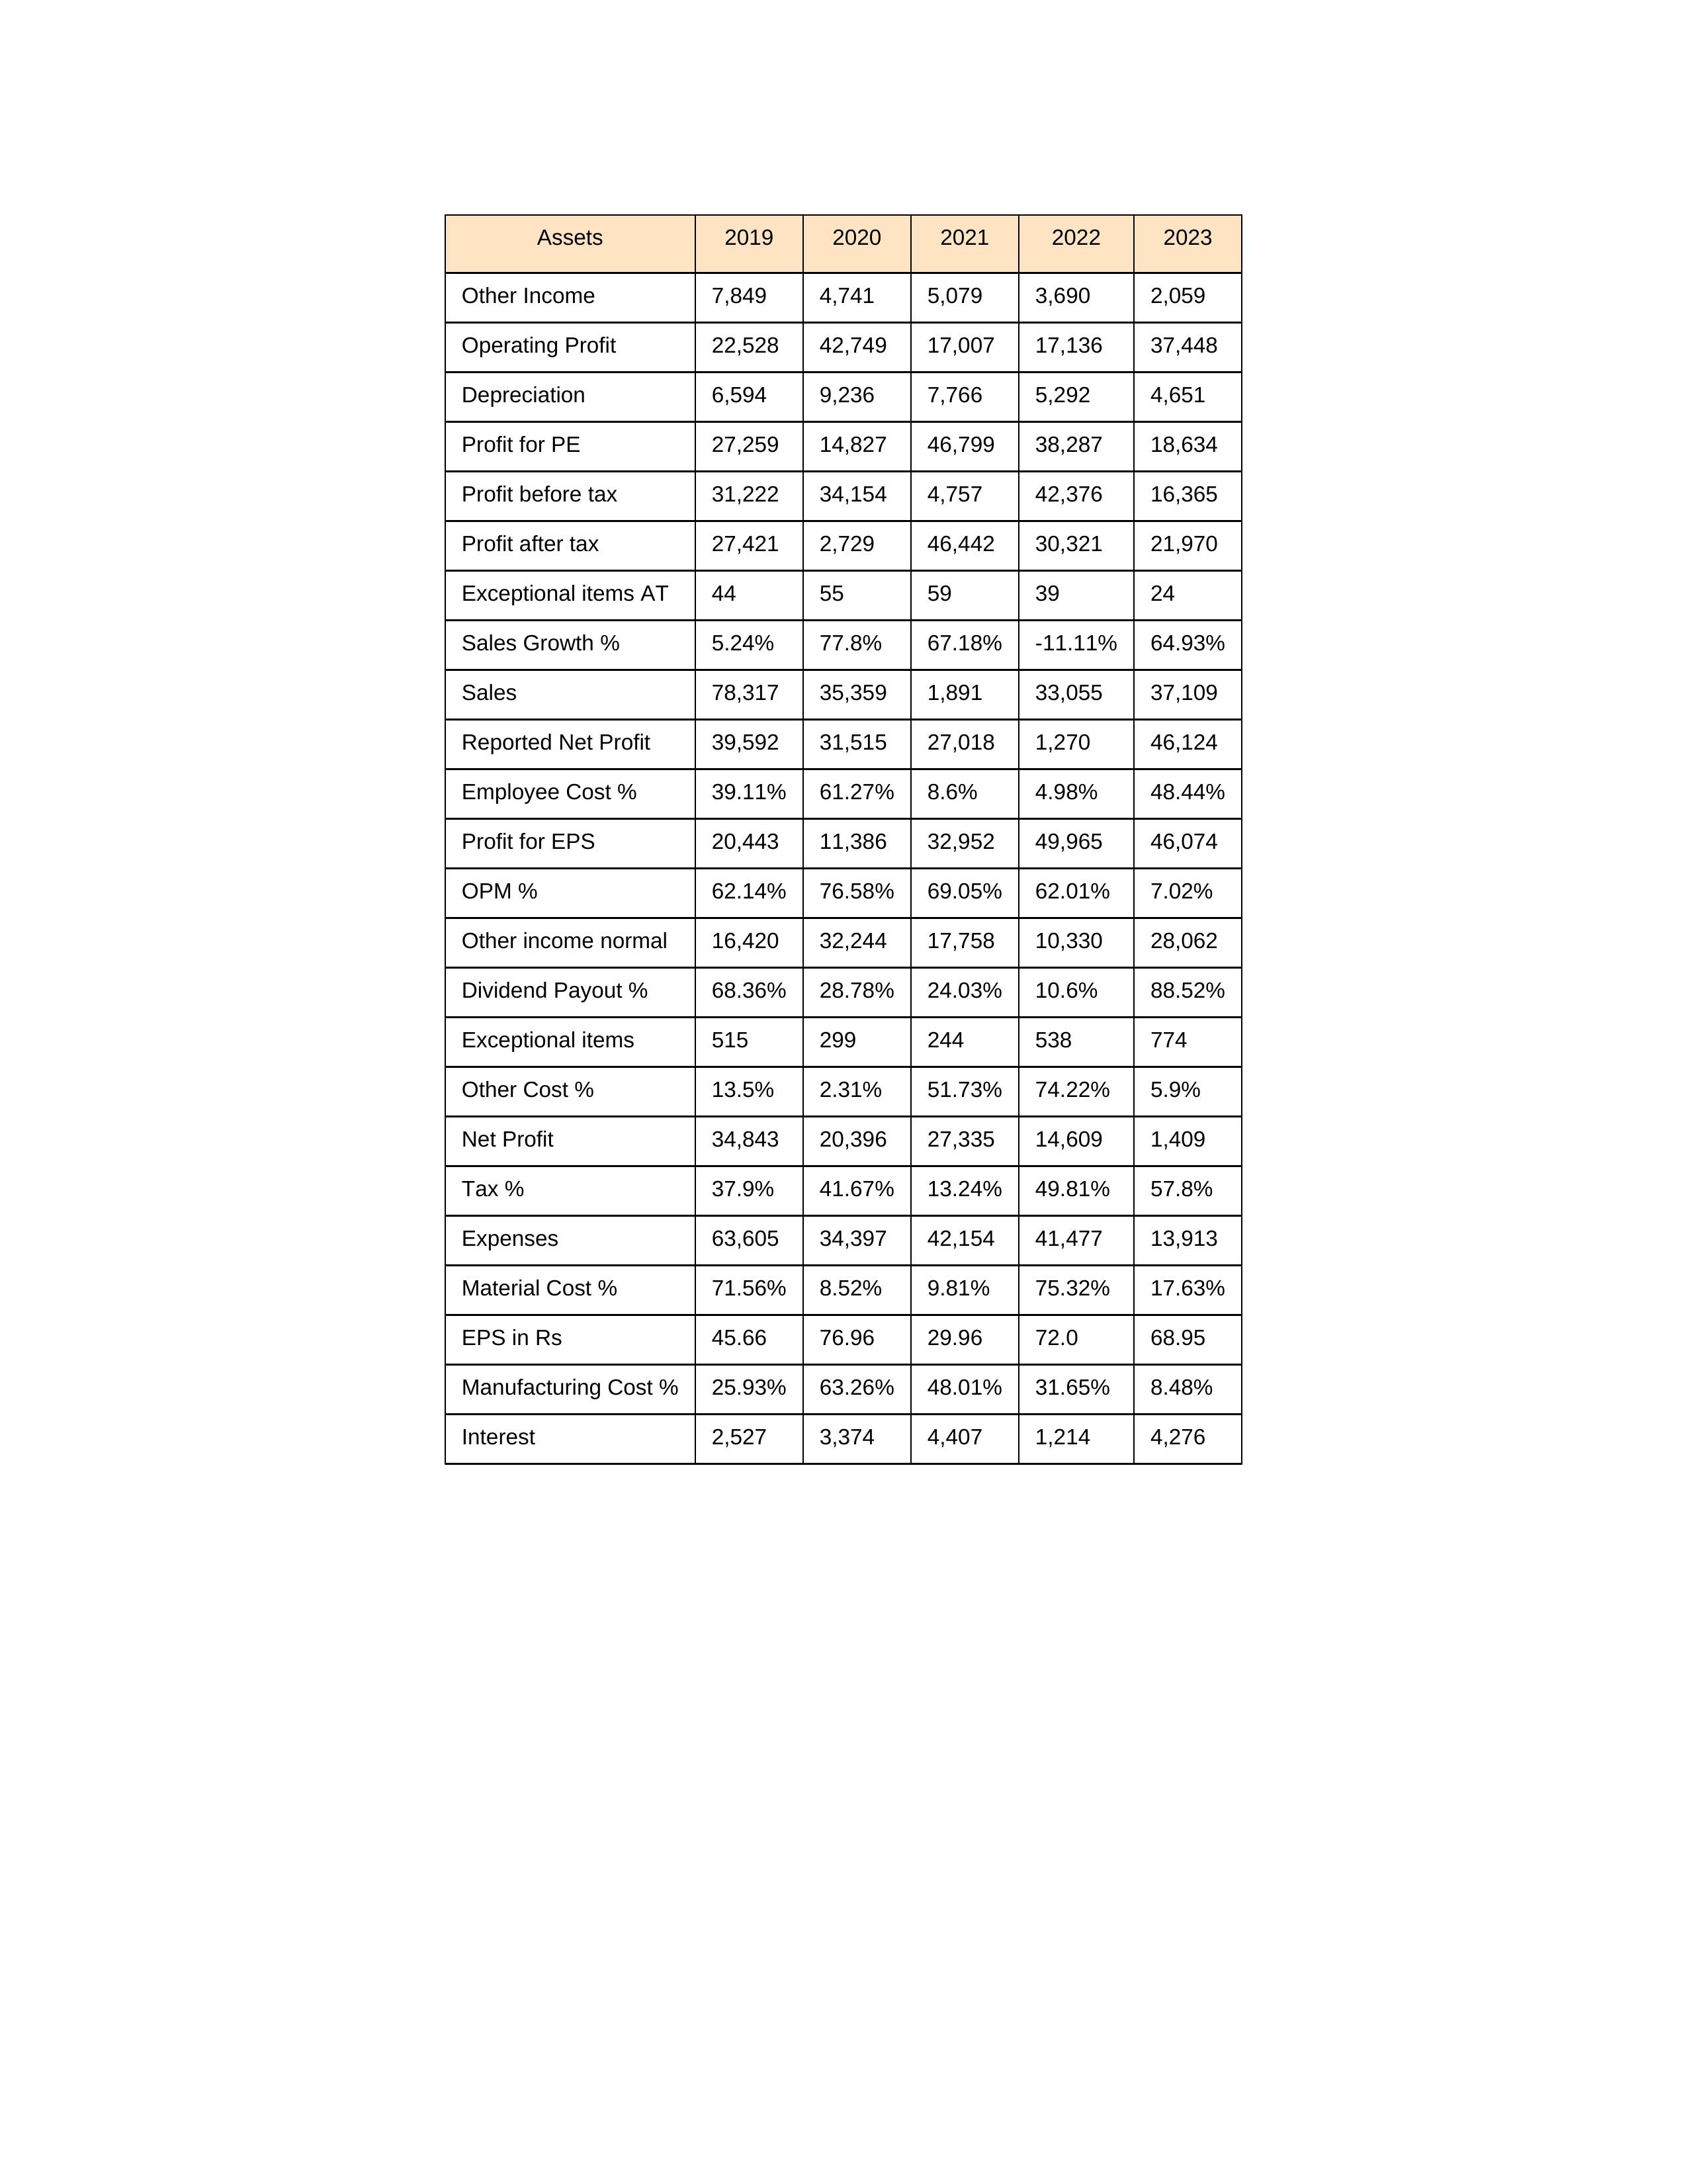
gt_parse: 2019: Sales: 78,317
Sales Growth %: 5.24%
Expenses: 63,605
Material Cost %: 71.56%
Manufacturing Cost %: 25.93%
Employee Cost %: 39.11%
Other Cost %: 13.5%
Operating Profit: 22,528
OPM %: 62.14%
Other Income: 7,849
Exceptional items: 515
Other income normal: 16,420
Interest: 2,527
Depreciation: 6,594
Profit before tax: 31,222
Tax %: 37.9%
Net Profit: 34,843
Profit after tax: 27,421
Reported Net Profit: 39,592
Profit for EPS: 20,443
Exceptional items AT: 44
Profit for PE: 27,259
EPS in Rs: 45.66
Dividend Payout %: 68.36%
2020: Sales: 35,359
Sales Growth %: 77.8%
Expenses: 34,397
Material Cost %: 8.52%
Manufacturing Cost %: 63.26%
Employee Cost %: 61.27%
Other Cost %: 2.31%
Operating Profit: 42,749
OPM %: 76.58%
Other Income: 4,741
Exceptional items: 299
Other income normal: 32,244
Interest: 3,374
Depreciation: 9,236
Profit before tax: 34,154
Tax %: 41.67%
Net Profit: 20,396
Profit after tax: 2,729
Reported Net Profit: 31,515
Profit for EPS: 11,386
Exceptional items AT: 55
Profit for PE: 14,827
EPS in Rs: 76.96
Dividend Payout %: 28.78%
2021: Sales: 1,891
Sales Growth %: 67.18%
Expenses: 42,154
Material Cost %: 9.81%
Manufacturing Cost %: 48.01%
Employee Cost %: 8.6%
Other Cost %: 51.73%
Operating Profit: 17,007
OPM %: 69.05%
Other Income: 5,079
Exceptional items: 244
Other income normal: 17,758
Interest: 4,407
Depreciation: 7,766
Profit before tax: 4,757
Tax %: 13.24%
Net Profit: 27,335
Profit after tax: 46,442
Reported Net Profit: 27,018
Profit for EPS: 32,952
Exceptional items AT: 59
Profit for PE: 46,799
EPS in Rs: 29.96
Dividend Payout %: 24.03%
2022: Sales: 33,055
Sales Growth %: -11.11%
Expenses: 41,477
Material Cost %: 75.32%
Manufacturing Cost %: 31.65%
Employee Cost %: 4.98%
Other Cost %: 74.22%
Operating Profit: 17,136
OPM %: 62.01%
Other Income: 3,690
Exceptional items: 538
Other income normal: 10,330
Interest: 1,214
Depreciation: 5,292
Profit before tax: 42,376
Tax %: 49.81%
Net Profit: 14,609
Profit after tax: 30,321
Reported Net Profit: 1,270
Profit for EPS: 49,965
Exceptional items AT: 39
Profit for PE: 38,287
EPS in Rs: 72
Dividend Payout %: 10.6%
2023: Sales: 37,109
Sales Growth %: 64.93%
Expenses: 13,913
Material Cost %: 17.63%
Manufacturing Cost %: 8.48%
Employee Cost %: 48.44%
Other Cost %: 5.9%
Operating Profit: 37,448
OPM %: 7.02%
Other Income: 2,059
Exceptional items: 774
Other income normal: 28,062
Interest: 4,276
Depreciation: 4,651
Profit before tax: 16,365
Tax %: 57.8%
Net Profit: 1,409
Profit after tax: 21,970
Reported Net Profit: 46,124
Profit for EPS: 46,074
Exceptional items AT: 24
Profit for PE: 18,634
EPS in Rs: 68.95
Dividend Payout %: 88.52%